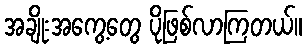
အချိုးအကွေ့တွေ ပိုဖြစ်လာကြတယ်။